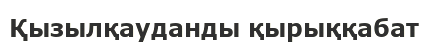
Қызылқауданды қырыққабат